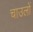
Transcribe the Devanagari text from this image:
चाउलों